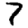
Digit: 7